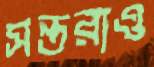
সন্তরাও